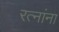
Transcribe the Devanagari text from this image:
रत्‍नांना